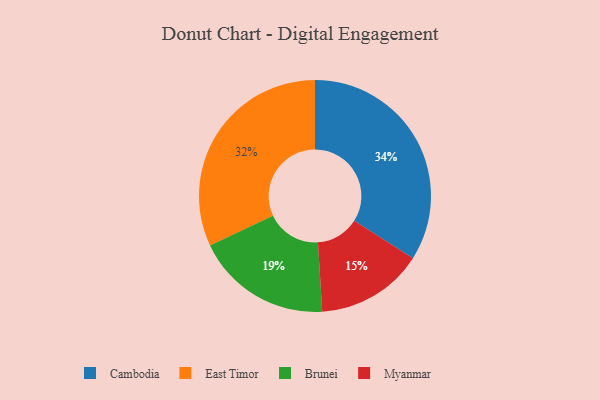
{"axis": {"x": "Category", "y": "Percentage"}, "legend": ["Brunei", "Cambodia", "East Timor", "Myanmar"], "data": [{"x": "East Timor", "y": 32, "type": "East Timor"}, {"x": "Brunei", "y": 19, "type": "Brunei"}, {"x": "Cambodia", "y": 34, "type": "Cambodia"}, {"x": "Myanmar", "y": 15, "type": "Myanmar"}]}